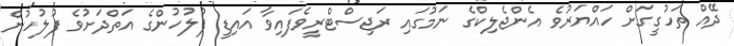
ދޭއް ތަހުގީގަށް ހައްޔަރުވެ އެންޖެލިކްގެ ނަމުގައި ރަޖިސްޓްރީވެފައިވާ އައިޑީ ފުލުހުންގެ އަތްދަށުވެ ފުލުހުން